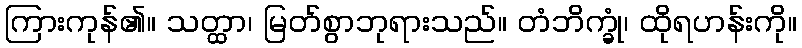
ကြားကုန်၏။ သတ္ထာ၊ မြတ်စွာဘုရားသည်။ တံဘိက္ခုံ၊ ထိုရဟန်းကို။